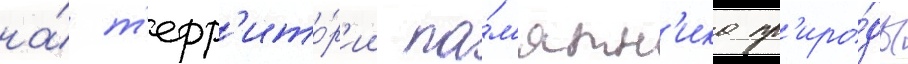
на́ т'ерр'ито́р'ии па́м'ятн'ика пр'иро́ды